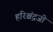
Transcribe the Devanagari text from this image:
हरिश्चंद्रजी